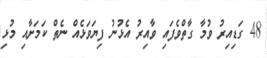
48 ގަޑިއިރު ވުމާ ގާތްވެފައި ވާއިރު އެޅުނު ފިޔަވަޅެއް ނެތް ކަމަށާއި މުޅި